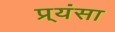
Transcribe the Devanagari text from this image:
प्र्यंसा